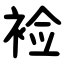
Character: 裣